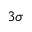
3 \sigma